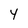
Character: 4